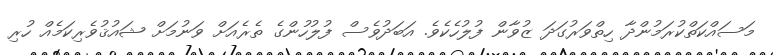
މަސައްކަތްކުރަމުންދާ ހިތްވަރުގަދަ ޒުވާން ފުލުހެކެވެ. އަބަދުވެސް ފުލުހުންގެ ތެރެއަށް ވަނުމަށް ޝައުޤުވެރިކަމެއް ހުރި